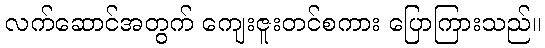
လက်ဆောင်အတွက် ကျေးဇူးတင်စကား ပြောကြားသည်။